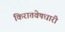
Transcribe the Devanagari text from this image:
किरातवेषधारी